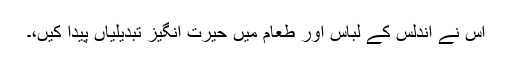
اُس نے اندلس کے لباس اور طعام میں حیرت انگیز تبدیلیاں پیدا کیں،۔